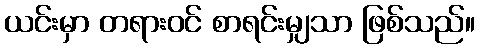
ယင်းမှာ တရားဝင် စာရင်းမျှသာ ဖြစ်သည်။